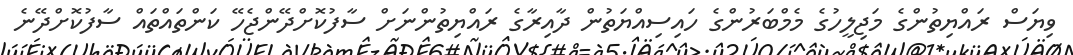
ވިޔަސް ރައްޔިތުންގެ މަޖިލީހުގެ މެމްބަރުންގެ ހައިސިއްޔަތުން ދާއިރާގެ ރައްޔިތުންނަށް ސާފުކޮށްދޭންޖެހޭ ކަންތައްތައް ސާފުކޮށްދޭނެ